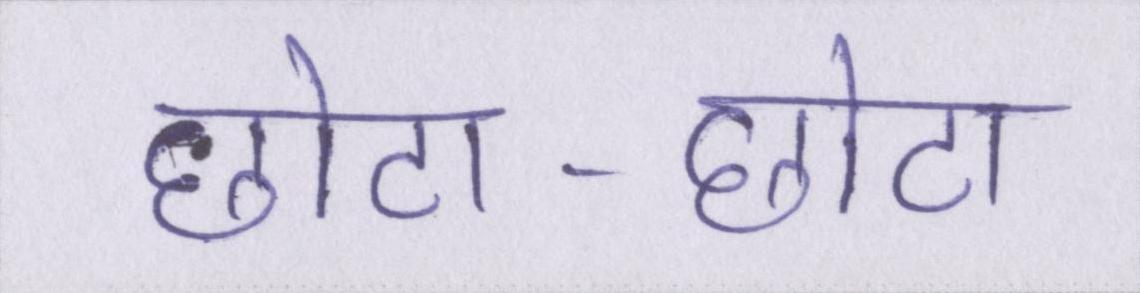
छोटा-छोटा